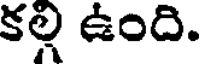
కల్లి ఉంది.